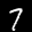
Label: 7